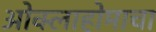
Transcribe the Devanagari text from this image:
ओक्लाहोमाचा